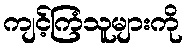
ကျင့်ကြံသူများကို